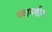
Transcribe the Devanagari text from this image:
बदामबीत